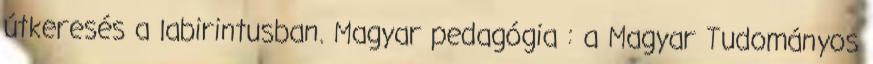
útkeresés a labirintusban. Magyar pedagógia : a Magyar Tudományos